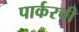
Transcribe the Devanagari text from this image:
पार्करची